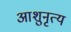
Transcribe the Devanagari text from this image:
आशुनृत्य